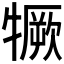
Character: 𤛦